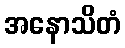
အနောသိတံ